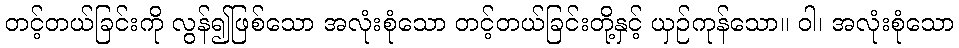
တင့်တယ်ခြင်းကို လွန်၍ဖြစ်သော အလုံးစုံသော တင့်တယ်ခြင်းတို့နှင့် ယှဉ်ကုန်သော။ ဝါ၊ အလုံးစုံသော